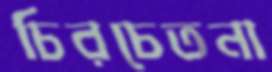
চিরচেতনা